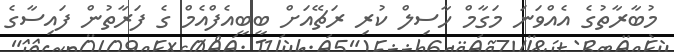
މުބާރާތުގެ އެއްވަނަ މަގާމް ހާސިލް ކުރި ރަޗޭއަށް ބީބީއެފްއެމް ގެ ފަރާތުން ފައިސާގެ